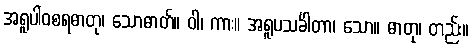
အရူပါဝစရဓာတု၊ သောဓာတ်။ ဝါ၊ ကား။ အရူပသင်္ခါတာ၊ သော။ ဓာတု၊ တည်း။